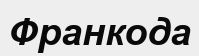
Франкода